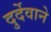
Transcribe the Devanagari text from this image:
दुर्देवाने